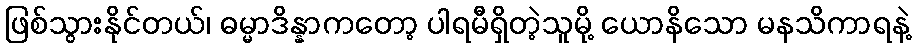
ဖြစ်သွားနိုင်တယ်၊ ဓမ္မာဒိန္နာကတော့ ပါရမီရှိတဲ့သူမို့ ယောနိသော မနသိကာရနဲ့